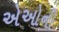
એઓની